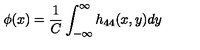
\phi ( x ) = \frac { 1 } { C } \int _ { - \infty } ^ { \infty } h _ { 4 4 } ( x , y ) d y